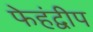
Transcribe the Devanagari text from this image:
फेहंद्वीप